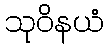
သုဝိနယံ